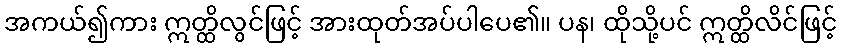
အကယ်၍ကား ဣတ္ထိလွင်ဖြင့် အားထုတ်အပ်ပါပေ၏။ ပန၊ ထိုသို့ပင် ဣတ္ထိလိင်ဖြင့်